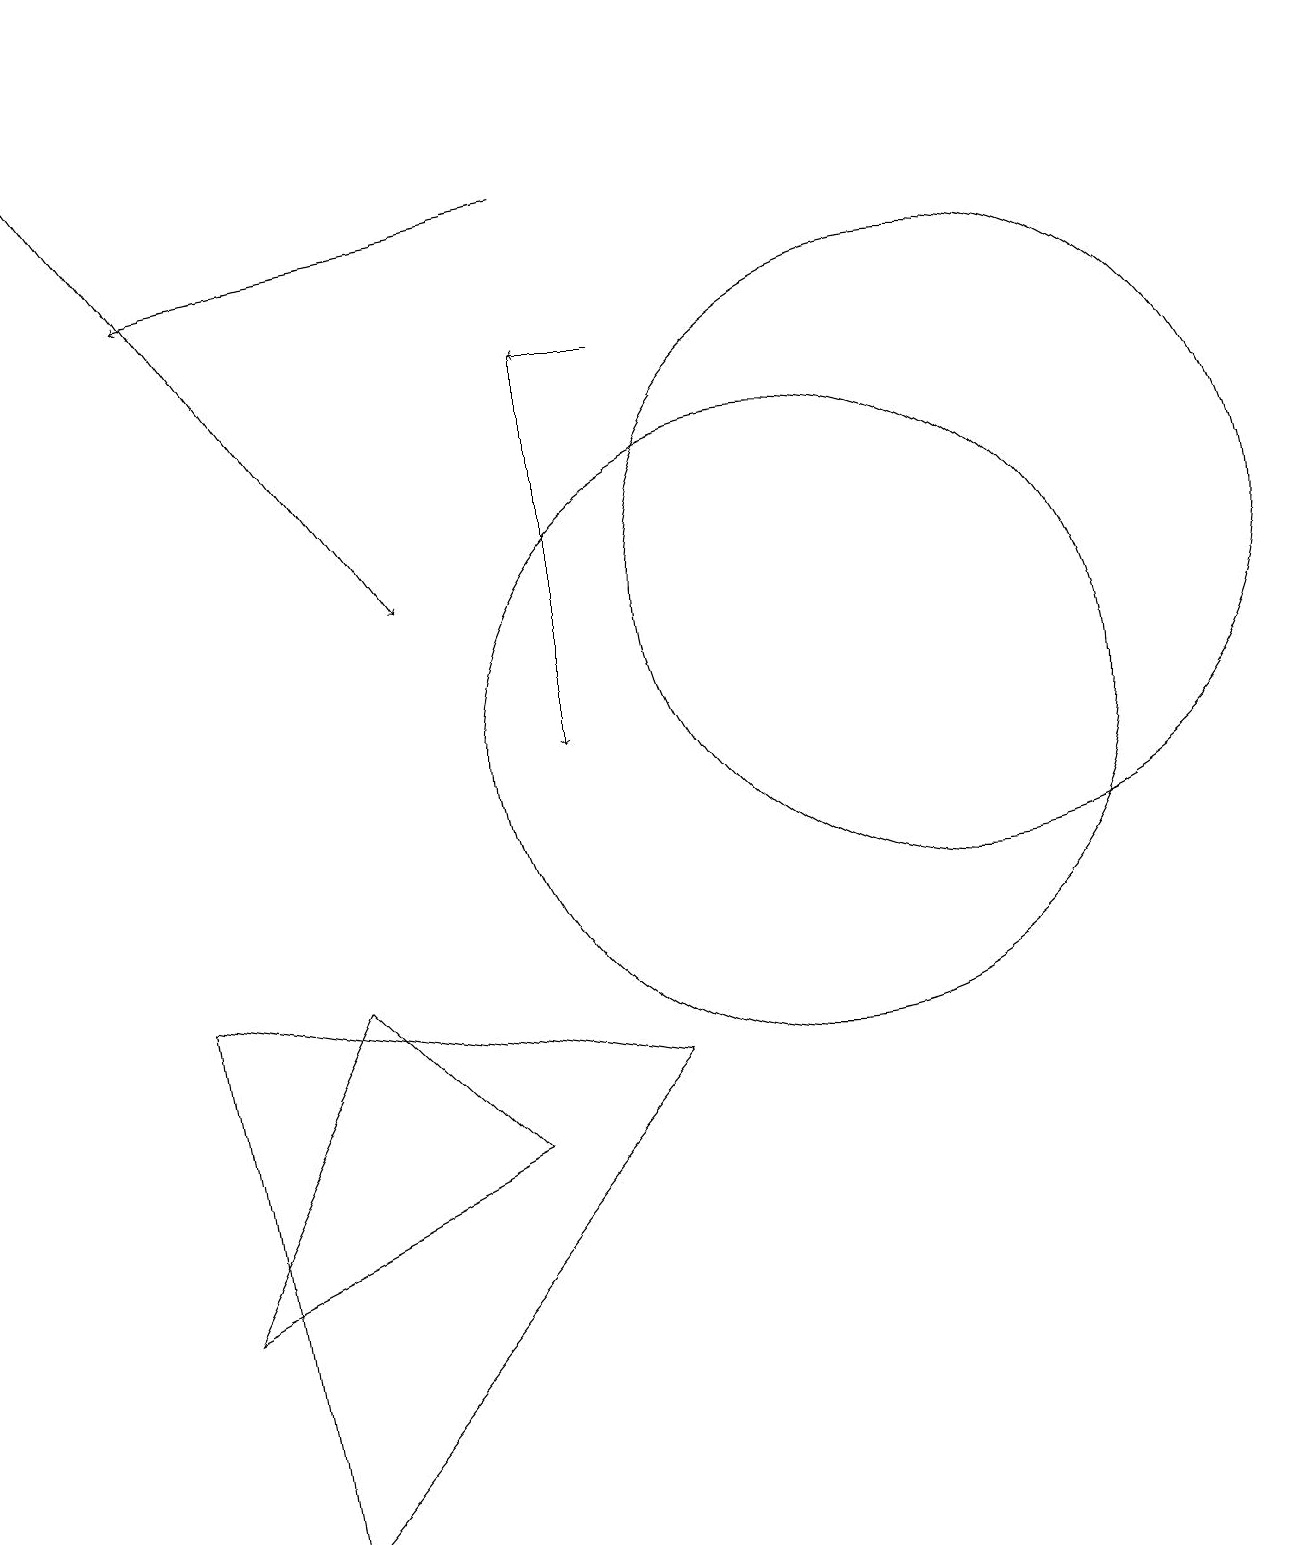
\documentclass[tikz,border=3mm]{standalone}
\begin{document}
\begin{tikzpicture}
\draw[->] (7,17) -- (2,16);
\draw[->] (0,19) -- (5,12);
\draw (4,7) -- (2,3) -- (6,5) -- cycle;
\draw (10,10) circle (4);
\draw[->] (8,15) -- (7,15);
\draw (12,12) circle (4);
\draw[->] (7,15) -- (7,10);
\draw (3,0) -- (2,7) -- (8,6) -- cycle;
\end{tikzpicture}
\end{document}